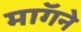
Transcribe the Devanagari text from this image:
माॅगने